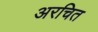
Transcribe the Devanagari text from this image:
अरचित